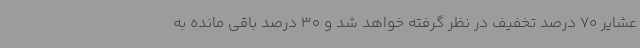
عشایر 70 درصد تخفیف در نظر گرفته خواهد شد و 30 درصد باقی مانده به